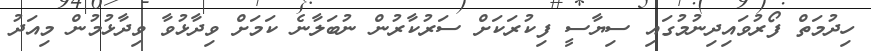
ހިދުމަތް ފޯރުވައިދިނުމުގައި ސިޔާސީ ފިކުރަކަށް ސަރުކާރުން ނުބަލާނެ ކަމަށް ވިދާޅުވާ ވިދާޅުމުން މިއަދު